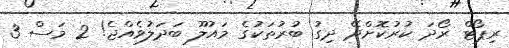
ރިޕޯޓް ރޯދަ ކުރުކޮށްދޭ ދިގު ބުރުތަކުގެ މައުލޫ ބަދަލުވެއްޖެ! 2 މަސް 3